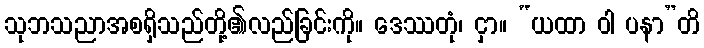
သုဘသညာအစရှိသည်တို့၏လည်ခြင်းကို။ ဒေဿတုံ၊ ငှာ။ “ယထာ ဝါ ပနာ”တိ